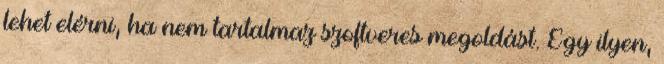
lehet elérni, ha nem tartalmaz szoftveres megoldást. Egy ilyen,